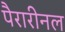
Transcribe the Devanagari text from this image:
पैरारीनल